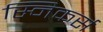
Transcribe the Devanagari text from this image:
स्निकर्स